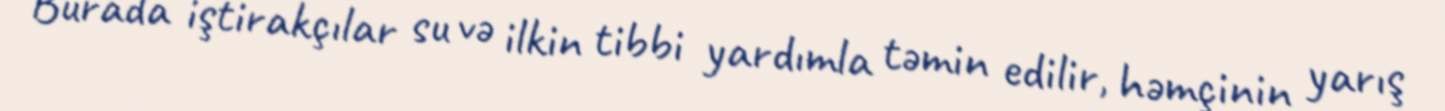
Burada iştirakçılar su və ilkin tibbi yardımla təmin edilir, həmçinin yarış